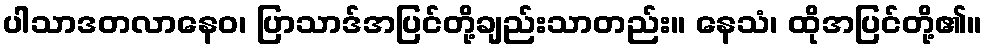
ပါသာဒတလာနေဝ၊ ပြာသာဒ်အပြင်တို့ချည်းသာတည်း။ နေသံ၊ ထိုအပြင်တို့၏။